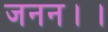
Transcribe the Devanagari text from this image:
जनन।।